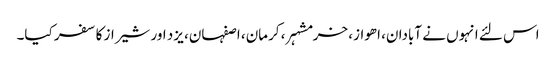
اس لئے انہوں نے آبادان، اھواز، خرمشہر، کرمان، اصفہان، یزد اور شیراز کا سفر کیا۔